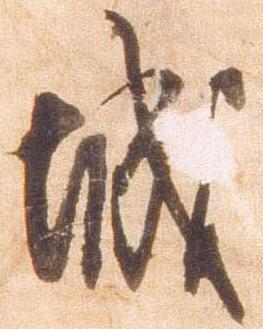
城